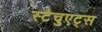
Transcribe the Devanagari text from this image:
स्टैचुएट्स